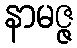
နာမဇ္ဇ